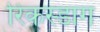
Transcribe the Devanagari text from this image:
रिकस्डाग